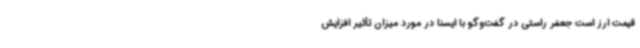
قیمت ارز است جعفر راستی در گفت‌وگو با ایسنا در مورد میزان تأثیر افزایش